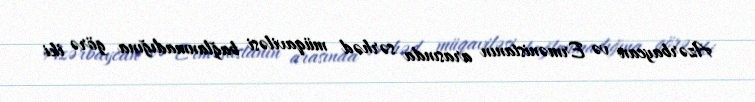
Azərbaycan və Ermənistanın arasında sərhəd müqaviləsi bağlanmadığına görə iki